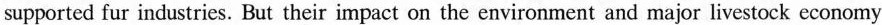
supported fur industries. But their impact on the environment and major livestock economy